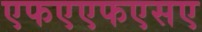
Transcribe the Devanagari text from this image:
एफएएफएसए